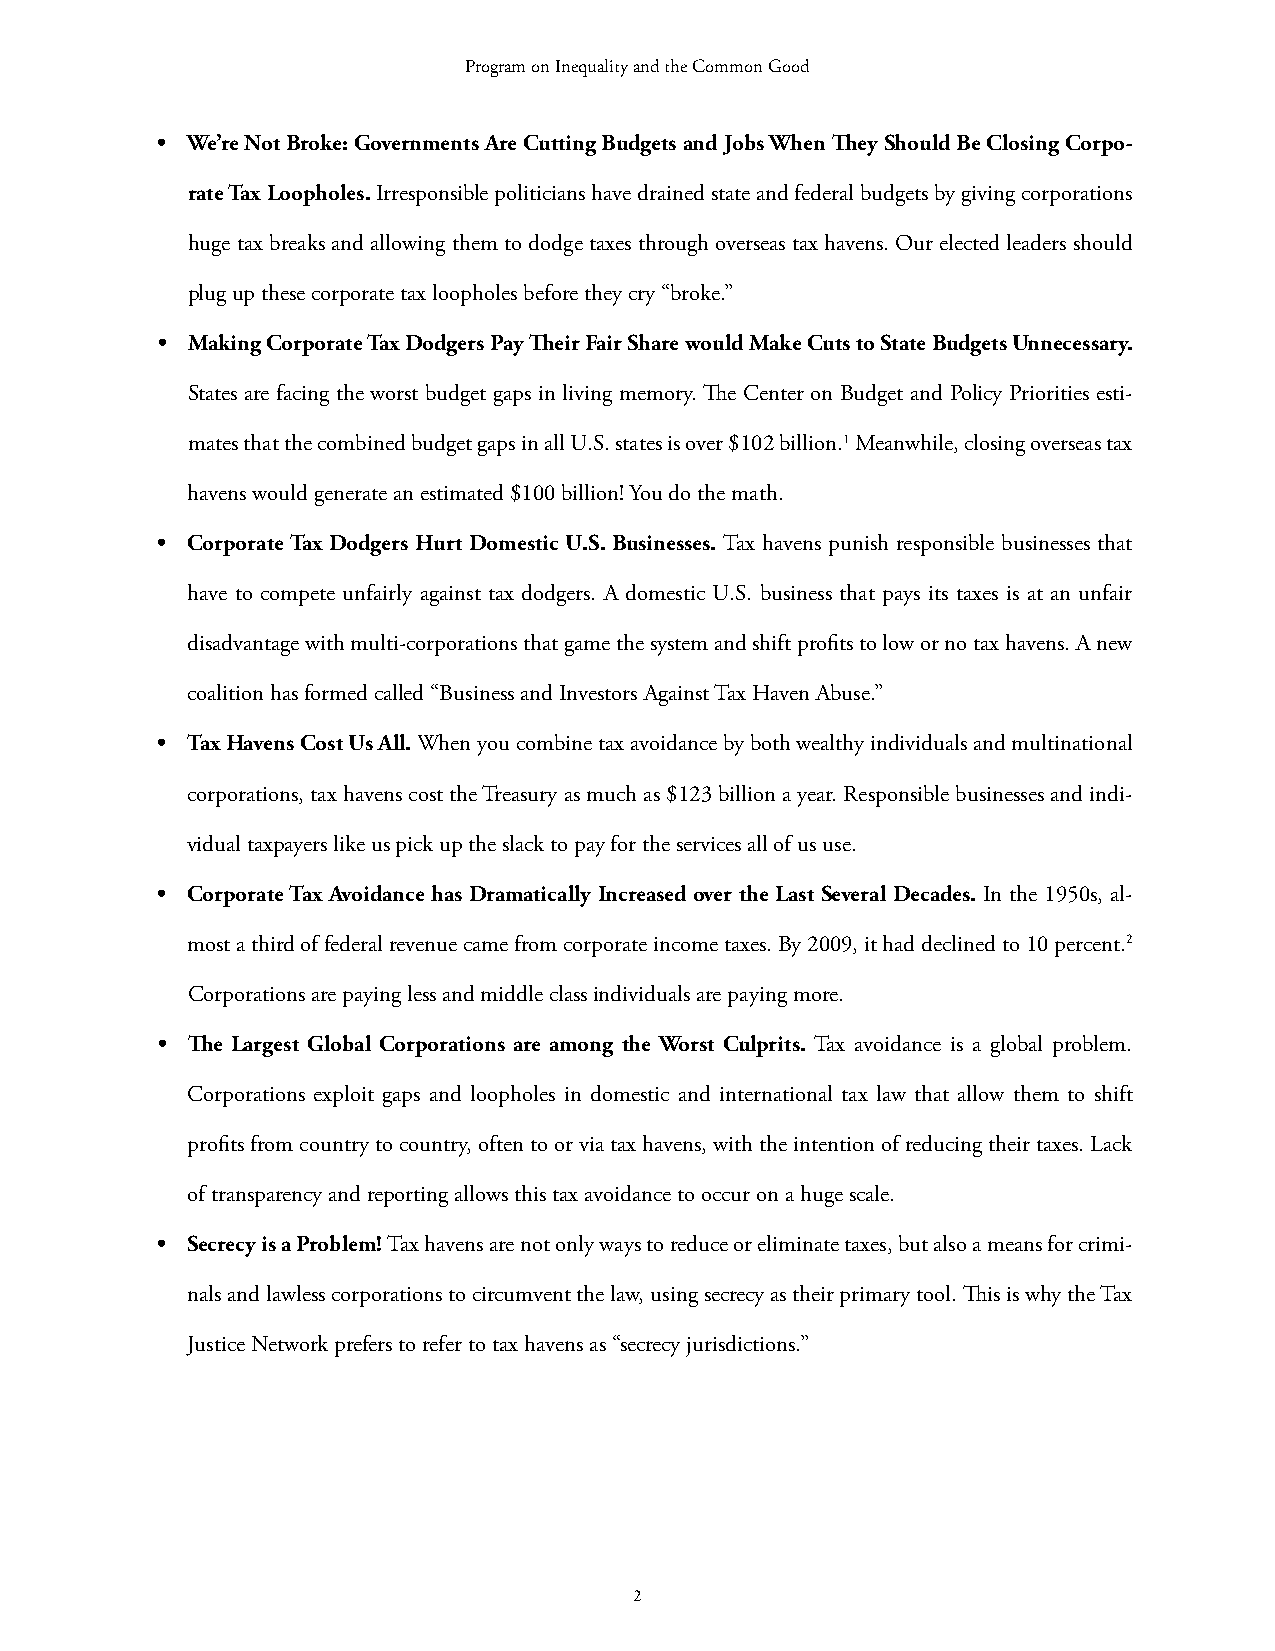
Program on Inequality and the Common Good
 • We’re Not Broke: Governments Are Cutting Budgets and Jobs When They Should Be Closing Corpo-
 rate Tax Loopholes. Irresponsible politicians have drained state and federal budgets by giving corporations
 huge tax breaks and allowing them to dodge taxes through overseas tax havens. Our elected leaders should
 plug up these corporate tax loopholes before they cry “broke.”
 • Making Corporate Tax Dodgers Pay Their Fair Share would Make Cuts to State Budgets Unnecessary.
 States are facing the worst budget gaps in living memory. The Center on Budget and Policy Priorities esti-
 mates that the combined budget gaps in all U.S. states is over $102 billion.1 Meanwhile, closing overseas tax
 havens would generate an estimated $100 billion! You do the math.
 • Corporate Tax Dodgers Hurt Domestic U.S. Businesses. Tax havens punish responsible businesses that
 have to compete unfairly against tax dodgers. A domestic U.S. business that pays its taxes is at an unfair
 disadvantage with multi-corporations that game the system and shift profits to low or no tax havens. A new
 coalition has formed called “Business and Investors Against Tax Haven Abuse.”
 • Tax Havens Cost Us All. When you combine tax avoidance by both wealthy individuals and multinational
 corporations, tax havens cost the Treasury as much as $123 billion a year. Responsible businesses and indi-
 vidual taxpayers like us pick up the slack to pay for the services all of us use.
 • Corporate Tax Avoidance has Dramatically Increased over the Last Several Decades. In the 1950s, al-
 most a third of federal revenue came from corporate income taxes. By 2009, it had declined to 10 percent.2
 Corporations are paying less and middle class individuals are paying more.
 • The Largest Global Corporations are among the Worst Culprits. Tax avoidance is a global problem.
 Corporations exploit gaps and loopholes in domestic and international tax law that allow them to shift
 profits from country to country, often to or via tax havens, with the intention of reducing their taxes. Lack
 of transparency and reporting allows this tax avoidance to occur on a huge scale.
 • Secrecy is a Problem! Tax havens are not only ways to reduce or eliminate taxes, but also a means for crimi-
 nals and lawless corporations to circumvent the law, using secrecy as their primary tool. This is why the Tax
 Justice Network prefers to refer to tax havens as “secrecy jurisdictions.”
 2